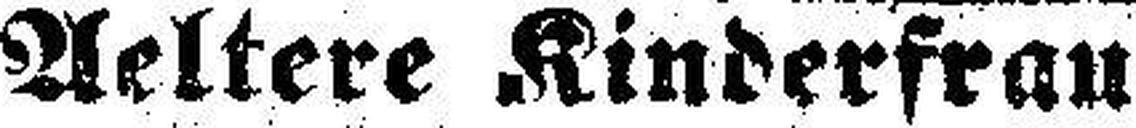
Aeltere Kinderfrau